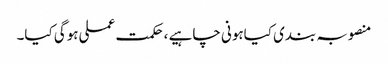
منصوبہ بندی کیاہونی چاہیے ،حکمت عملی ہوگی کیا۔